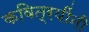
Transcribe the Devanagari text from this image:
कवित्रयींनी